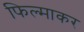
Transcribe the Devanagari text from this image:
फिल्माकर